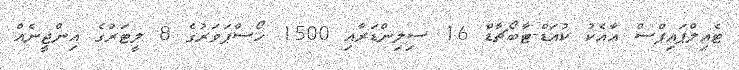
ޓެއިލްޕައިޕްސް އާއެކު ކުއަޑް-ޓާބޯޗާޑް 16 ސިލިންޑަރާއި 1500 ހޯސްޕަވަރުގެ 8 ލީޓަރުގެ އިންޖީނެއް